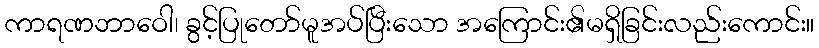
ကာရဏဘာဝေါ၊ ခွင့်ပြုတော်မူအပ်ပြီးသော အကြောင်း၏မရှိခြင်းလည်းကောင်း။